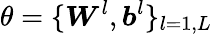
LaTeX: \theta=\lbrace\boldsymbol{W}^{l},\boldsymbol{b}^{l}\rbrace_{l=1,L}